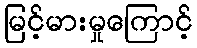
မြင့်မားမှုကြောင့်